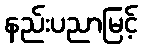
နည်းပညာမြင့်